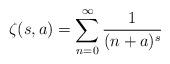
LaTeX: \begin{align*}\zeta(s,a)=\sum_{n=0}^\infty\frac{1}{(n+a)^s}\end{align*}